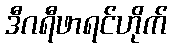
ဒီဂရီဖာရင်ဟိုက်